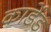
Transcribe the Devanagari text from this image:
कार्डेड